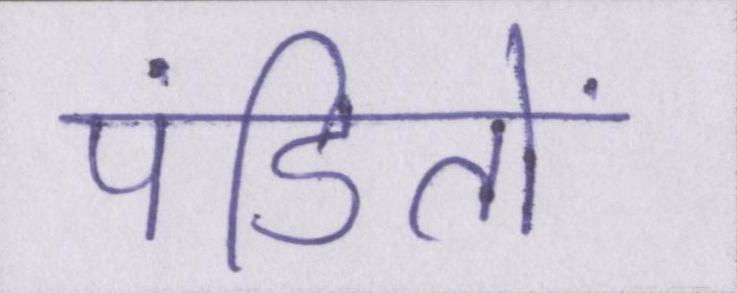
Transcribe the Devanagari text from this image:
पंडितों